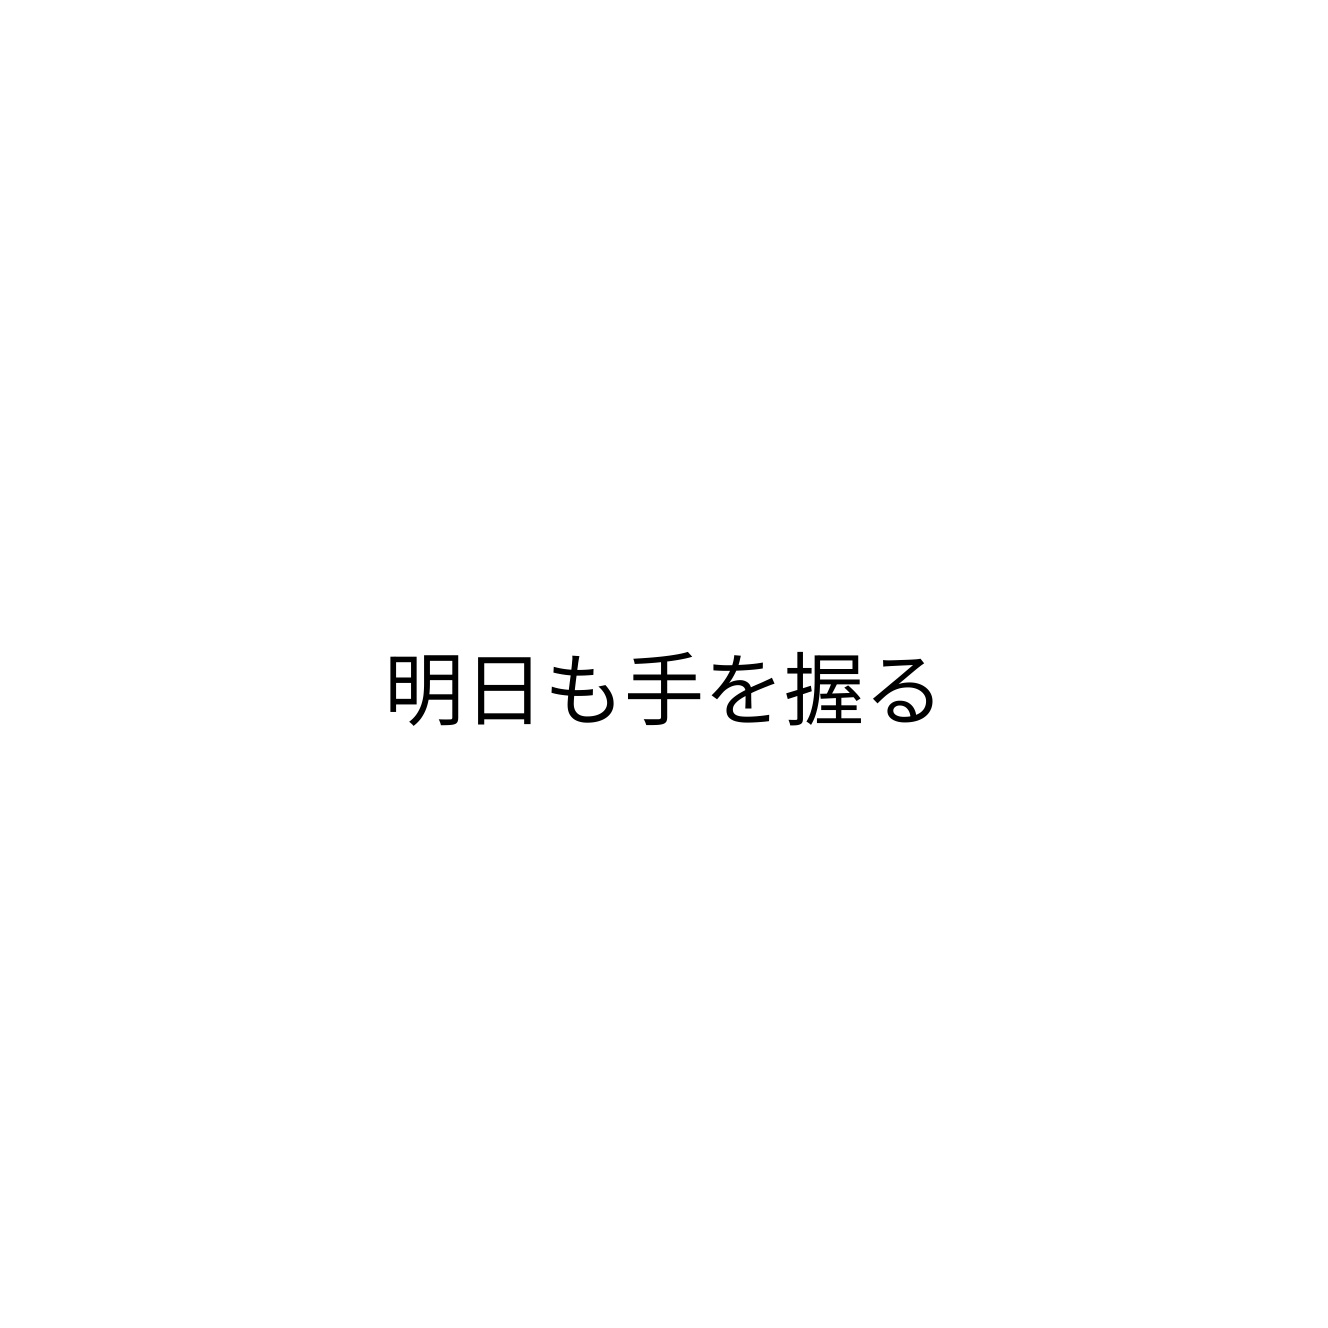
明日も手を握る